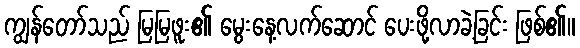
ကျွန်တော်သည် မြမြဖူး၏ မွေးနေ့လက်ဆောင် ပေးဖို့လာခဲ့ခြင်း ဖြစ်၏။